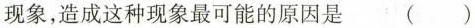
现象，造成这种现象最可能的原因是 （ ）